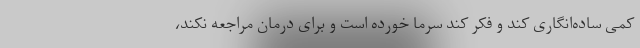
کمی ساده‌انگاری کند و فکر کند سرما خورده است و برای درمان مراجعه نکند،